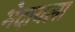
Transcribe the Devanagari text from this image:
भेदायला